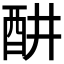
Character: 𬪦